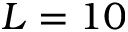
L = 1 0